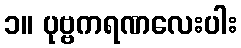
၁။ ပုဗ္ဗကရဏလေးပါး